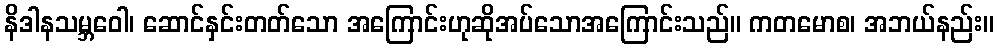
နိဒါနသမ္ဘဝေါ၊ ဆောင်နှင်းတတ်သော အကြောင်းဟုဆိုအပ်သောအကြောင်းသည်။ ကတမောစ၊ အဘယ်နည်း။